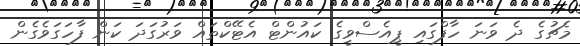
މެޗުގެ ދެ ވަނަ ހާފްގައި ޕީއެސްވީގެ ކައުންޓް އެޓޭކްތައް ވަރުގަދަ ކަން ފާހަގަވެގެން